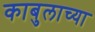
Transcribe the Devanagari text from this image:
काबुलाच्या